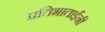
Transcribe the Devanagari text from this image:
प्रतिभाताईंनी